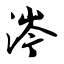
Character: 涔